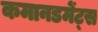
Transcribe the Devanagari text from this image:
कमानडमेंट्स